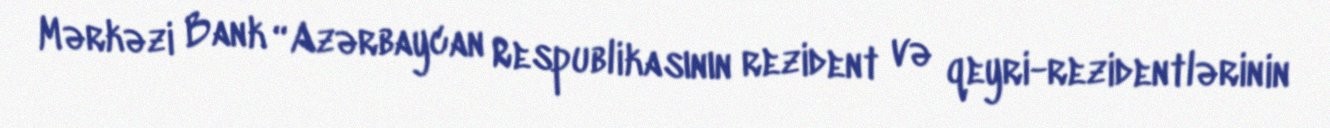
Mərkəzi Bank “Azərbaycan Respublikasının rezident və qeyri-rezidentlərinin